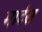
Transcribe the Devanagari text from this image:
मार्टस